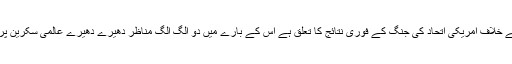
جہاں تک عراق کے خلاف امریکی اتحاد کی جنگ کے فوری نتائج کا تعلق ہے اس کے بارے میں دو الگ الگ مناظر دھیرے دھیرے عالمی سکرین پر سامنے آرہے ہیں۔